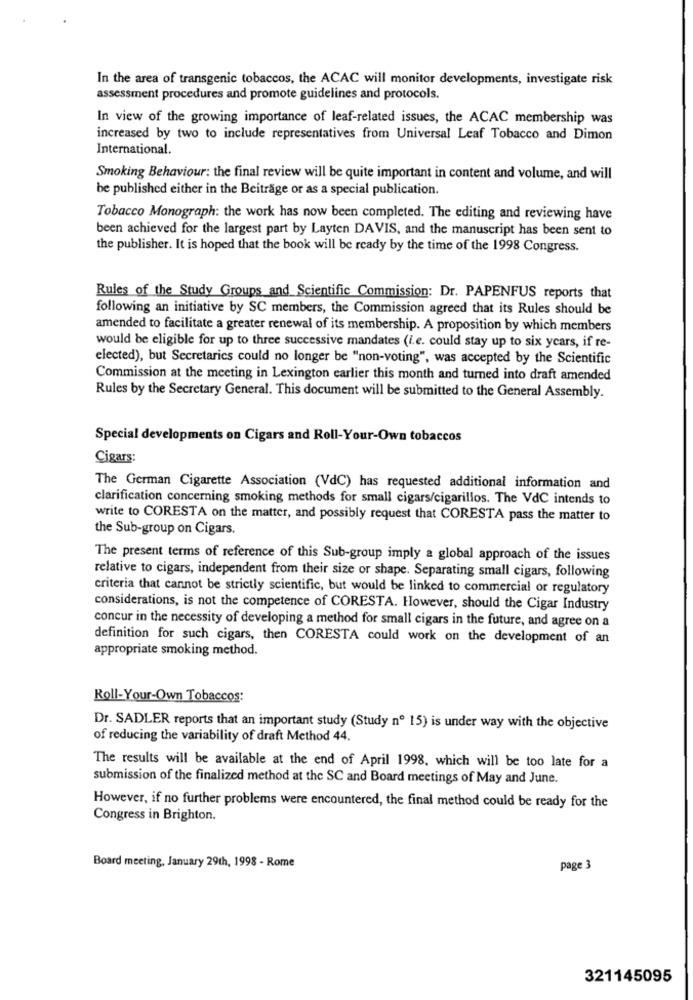
In the area of transgenic tobaccos, the ACAC will monitor developments, investigate risk
assessment procedures and promote guidelines and protocols.
In view of the growing importance of leaf-related issues, the ACAC membership was
increased by two to include representatives from Universal Leaf Tobacco and Dimon
International.
Smoking Behaviour: the final review will be quite important in content and volume, and will
be published either in the Beiträge or as a special publication.
Tobacco Monograph: the work has now been completed. The editing and reviewing have
been achieved for the largest part by Layten DAVIS, and the manuscript has been sent to
the publisher. It is hoped that the book will be ready by the time of the 1998 Congress.
Rules of the Study Groups and Scientific Commission: Dr. PAPENFUS reports that
following an initiative by SC members, the Commission agreed that its Rules should be
amended to facilitate a greater renewal of its membership. A proposition by which members
would be eligible for up to three successive mandates (i.e. could stay up to six years, if re-
elected), but Secretaries could no longer be "non-voting", was accepted by the Scientific
Commission at the meeting in Lexington earlier this month and turned into draft amended
Rules by the Secretary General. This document will be submitted to the General Assembly.
Special developments on Cigars and Roll-Your-Own tobaccos
Cigars:
The German Cigarette Association (VdC) has requested additional information and
clarification concerning smoking methods for small cigars/cigarillos. The VdC intends to
write to CORESTA on the matter, and possibly request that CORESTA pass the matter to
the Sub-group on Cigars.
The present terms of reference of this Sub-group imply a global approach of the issues
relative to cigars, independent from their size or shape. Separating small cigars, following
criteria that cannot be strictly scientific, but would be linked to commercial or regulatory
considerations, is not the competence of CORESTA. However, should the Cigar Industry
concur in the necessity of developing a method for small cigars in the future, and agree on a
definition for such cigars, then CORESTA could work on the development of an
appropriate smoking method.
Roll-Your-Own Tobaccos:
Dr. SADLER reports that an important study (Study nº 15) is under way with the objective
of reducing the variability of draft Method 44.
The results will be available at the end of April 1998, which will be too late for a
submission of the finalized method at the SC and Board meetings of May and June.
However, if no further problems were encountered, the final method could be ready for the
Congress in Brighton.
Board meeting, January 29th, 1998 - Rome
page 3
321145095